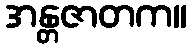
အန္တဇာတက။